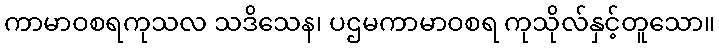
ကာမာဝစရကုသလ သဒိသေန၊ ပဌမကာမာဝစရ ကုသိုလ်နှင့်တူသော။